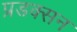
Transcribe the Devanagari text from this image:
प्रडक्सन